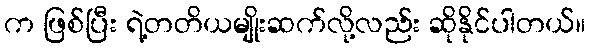
က ဖြစ်ပြီး ရဲ့တတိယမျိုးဆက်လို့လည်း ဆိုနိုင်ပါတယ်။